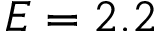
E = 2 . 2